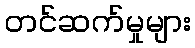
တင်ဆက်မှုများ